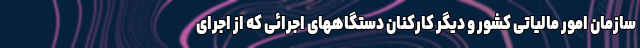
سازمان امور مالیاتی کشور و دیگر کارکنان دستگاههای اجرائی که از اجرای